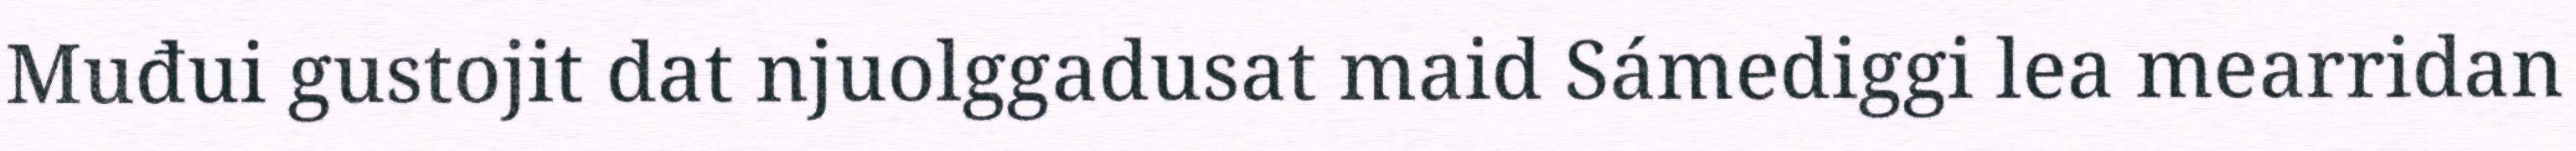
Muđui gustojit dat njuolggadusat maid Sámediggi lea mearridan